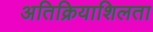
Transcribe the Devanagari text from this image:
अतिक्रियाशिलता